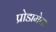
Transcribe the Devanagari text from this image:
प्रोडामेटा